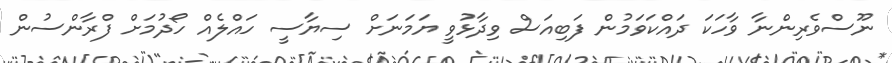
ނޫސްވެރިންނާ ވާހަކަ ދައްކަވަމުން ފަބިއަސް ވިދާޅުވީ ޔަމަނަށް ސިޔާސީ ހައްލެއް ހޯދުމަށް ފްރާންސުން